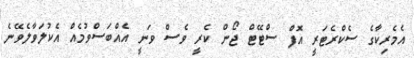
އެމެރިކާގެ ސެކްރެޓަރީ އޮފް ސްޓޭޓް ޖޯން ކެރީ ވެސް ވަނީ އެއްބަސްވުމެއް އެކުލަވާލެވޭނެ